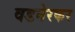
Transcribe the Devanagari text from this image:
वडनेरकर